Mental hospitals Bombay report 1929-33 - 1929-1933
Year: 1929
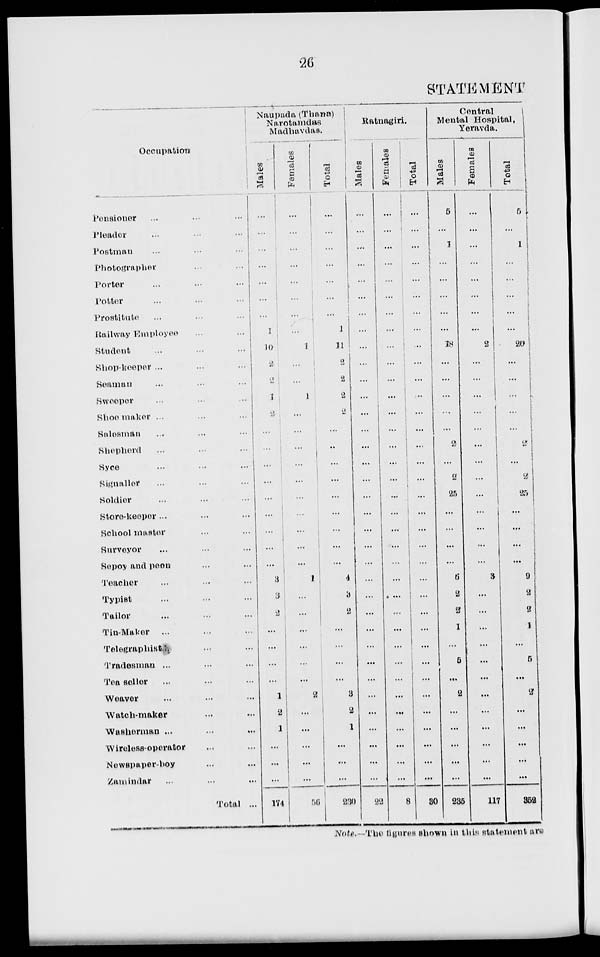
26
STATEMENT
Occupation
Pensioner ... ... ...
Pleader ... ... ...
Postman
...
...
...
Photographer ... ...
Porter ... ... ...
Potter ... ... ...
Prostitute
...
...
...
Railway Employee ... ...
Student ... ... ...
Shop-keeper ...
Seaman ... ... ...
Sweeper ... ... ...
Shoe maker ... ... ...
Salesman ... ... ...
Shepherd
...
...
...
Syce ... ... ...
Signaller ... ... ...
Soldier ... ... ...
Store-keeper ... ... ...
School master ... ...
Surveyor ... ... ...
Sepoy and peon ... ...
Teacher ... ... ...
Typist ... ... ...
Tailor ... ... ...
Tin-Maker ... ... ...
Telegraphist ... ...
Tradesman ... ... ...
Tea seller ... ... ...
Weaver ... ... ...
Watch-maker ... ...
Washerman ... ... ...
Wireless-operator ... ...
Newspaper-boy ... ...
Zamindar ... ... ...
Total ...
Naupada (Thana)
Narotamdas
Madhavdas.
Males
...
...
...
...
...
...
...
1
10
2
2
1
2
...
...
...
...
...
...
...
...
...
3
3
2
...
...
...
...
1
2
1
...
...
...
174
Females
...
...
...
...
...
...
...
...
1
...
...
1
...
...
...
...
...
...
...
...
...
...
1
...
...
...
...
...
...
2
...
...
...
...
...
56
Total
...
...
...
...
...
...
...
1
11
2
2
2
2
...
...
...
...
...
...
...
...
...
4
3
2
...
...
...
...
3
2
1
...
...
...
230
Ratnagiri.
Males
...
...
...
...
...
...
...
...
...
...
...
...
...
...
...
...
...
...
...
...
...
...
...
...
...
...
...
...
...
...
...
...
...
...
...
22
Females
...
...
...
...
...
...
...
...
...
...
...
...
...
...
...
...
...
...
...
...
...
...
...
...
...
...
...
...
...
...
...
...
...
...
8
Total
...
...
...
...
...
...
...
...
...
...
...
...
...
...
...
...
...
...
...
...
...
...
...
...
...
...
...
...
...
...
...
...
...
...
...
30
Central
Mental Hospital,
Yeravda.
Males
5
...
1
...
...
...
...
...
18
...
...
...
...
...
2
...
2
25
...
...
...
...
6
2
2
1
...
5
...
2
...
...
...
...
...
235
Females
...
...
...
...
...
...
...
...
2
...
...
...
...
...
...
...
...
...
...
...
...
...
3
...
...
...
...
...
...
...
...
...
...
...
...
117
Total
5
...
1
...
...
...
...
...
20
...
...
...
...
...
2
...
2
25
...
...
...
...
9
2
2
1
...
5
...
2
...
...
...
...
...
352
Note.—The figures shown in this statement are